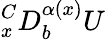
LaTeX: {}_{x}^{C}D_{b}^{\alpha(x)}U